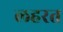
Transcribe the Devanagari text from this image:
लहरत